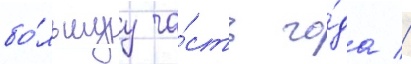
бо́льшуу ча́сть го́да //